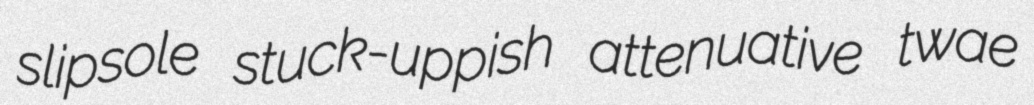
slipsole stuck-uppish attenuative twae